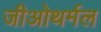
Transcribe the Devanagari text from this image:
जीओथर्मल